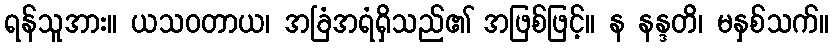
ရန်သူအား။ ယသဝတာယ၊ အခြံအရံရှိသည်၏ အဖြစ်ဖြင့်။ န နန္ဒတိ၊ မနှစ်သက်။